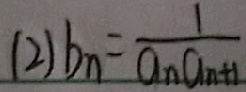
( 2 ) b _ { n } = \frac { 1 } { a _ { n } a _ { n + 1 } }